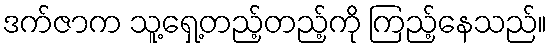
ဒက်ဇာက သူ့ရှေ့တည့်တည့်ကို ကြည့်နေသည်။